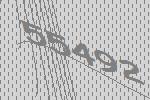
55492